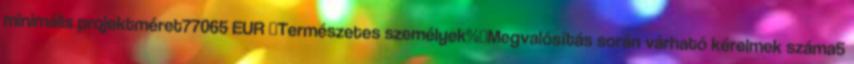
minimális projektméret77065 EUR ▪Természetes személyek%▪Megvalósítás során várható kérelmek száma5